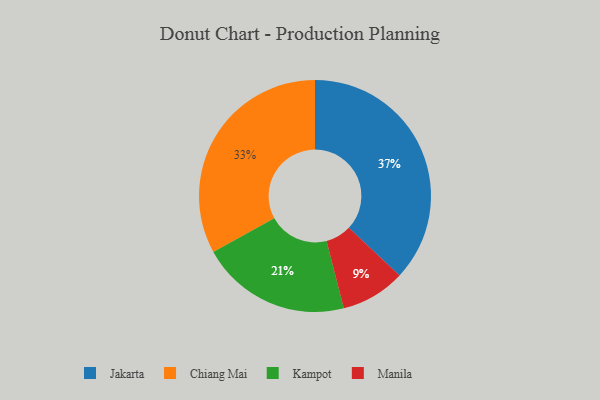
{"axis": {"x": "Category", "y": "Percentage"}, "legend": ["Chiang Mai", "Jakarta", "Kampot", "Manila"], "data": [{"x": "Jakarta", "y": 37, "type": "Jakarta"}, {"x": "Manila", "y": 9, "type": "Manila"}, {"x": "Chiang Mai", "y": 33, "type": "Chiang Mai"}, {"x": "Kampot", "y": 21, "type": "Kampot"}]}